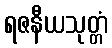
ရဇနီယသုတ္တံ